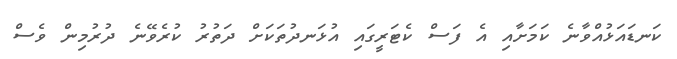
ކަނޑައަޅުއްވާނެ ކަމަށާއި އެ ފަސް ކެޓަަރީގައި އުޅަނދުތަކަށް ދަތުރު ކުރެވޭނެ ދުރުމިން ވެސް